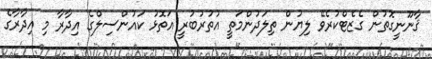
ޤާނޫނީގޮތުން ގެޒެޓްކުރެވޭ ލިޔުން ތިލަދުންމަތީ އުތުރުބުރީ އަތޮޅު ކައުންސިލްގެ އިދާރާ މި އިދާރާގެ